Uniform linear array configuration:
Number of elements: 8
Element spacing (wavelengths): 0.25
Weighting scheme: hamming
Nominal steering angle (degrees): -15
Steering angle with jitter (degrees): -16.939
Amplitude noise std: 0.05
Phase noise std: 0.05

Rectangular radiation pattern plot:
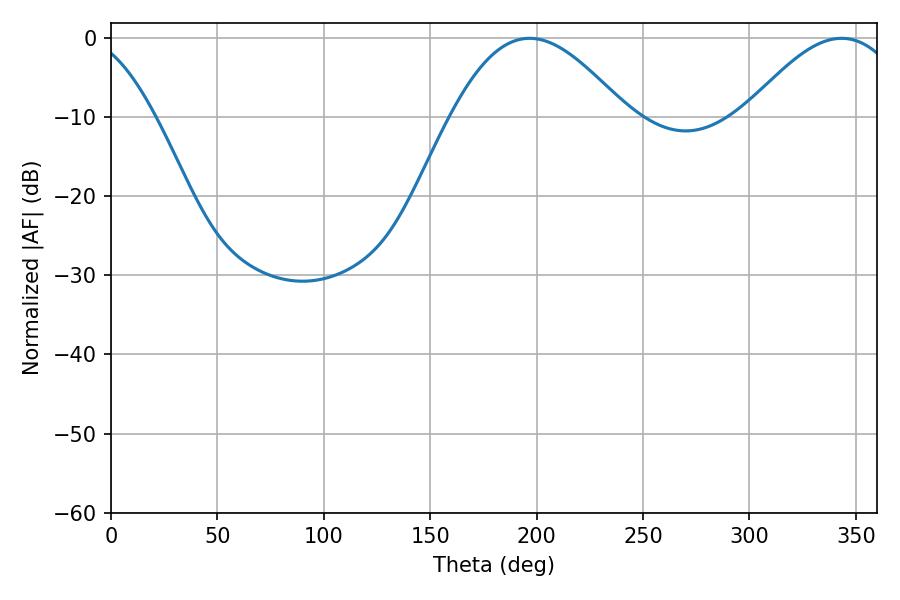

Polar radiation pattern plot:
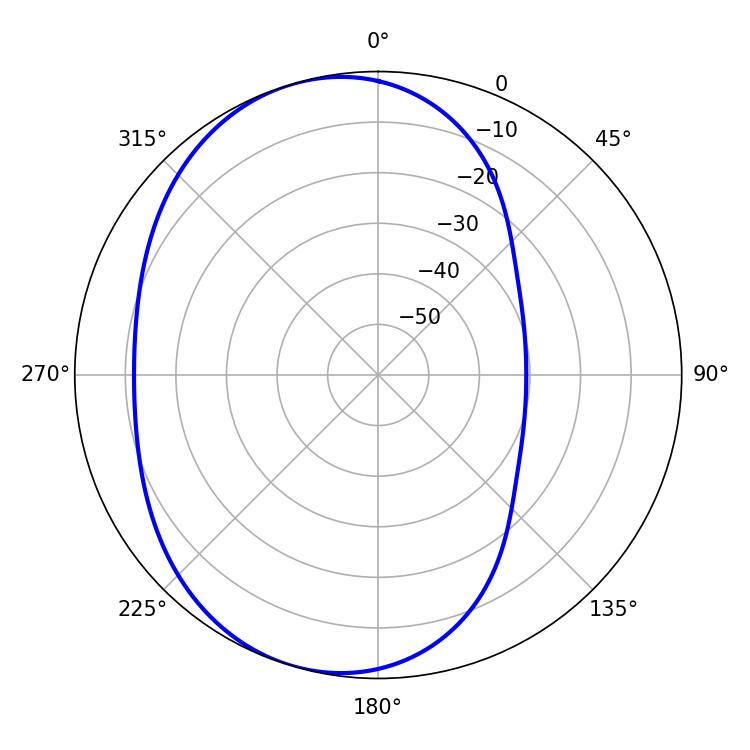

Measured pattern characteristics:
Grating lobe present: FALSE
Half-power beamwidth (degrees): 44.46
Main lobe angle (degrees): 196.74